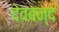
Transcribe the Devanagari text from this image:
देवबन्‍द